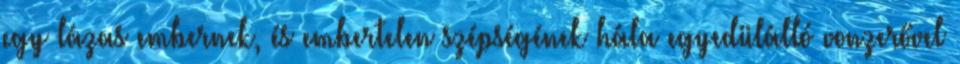
egy lázas embernek, és embertelen szépségének hála egyedülálló vonzerővel